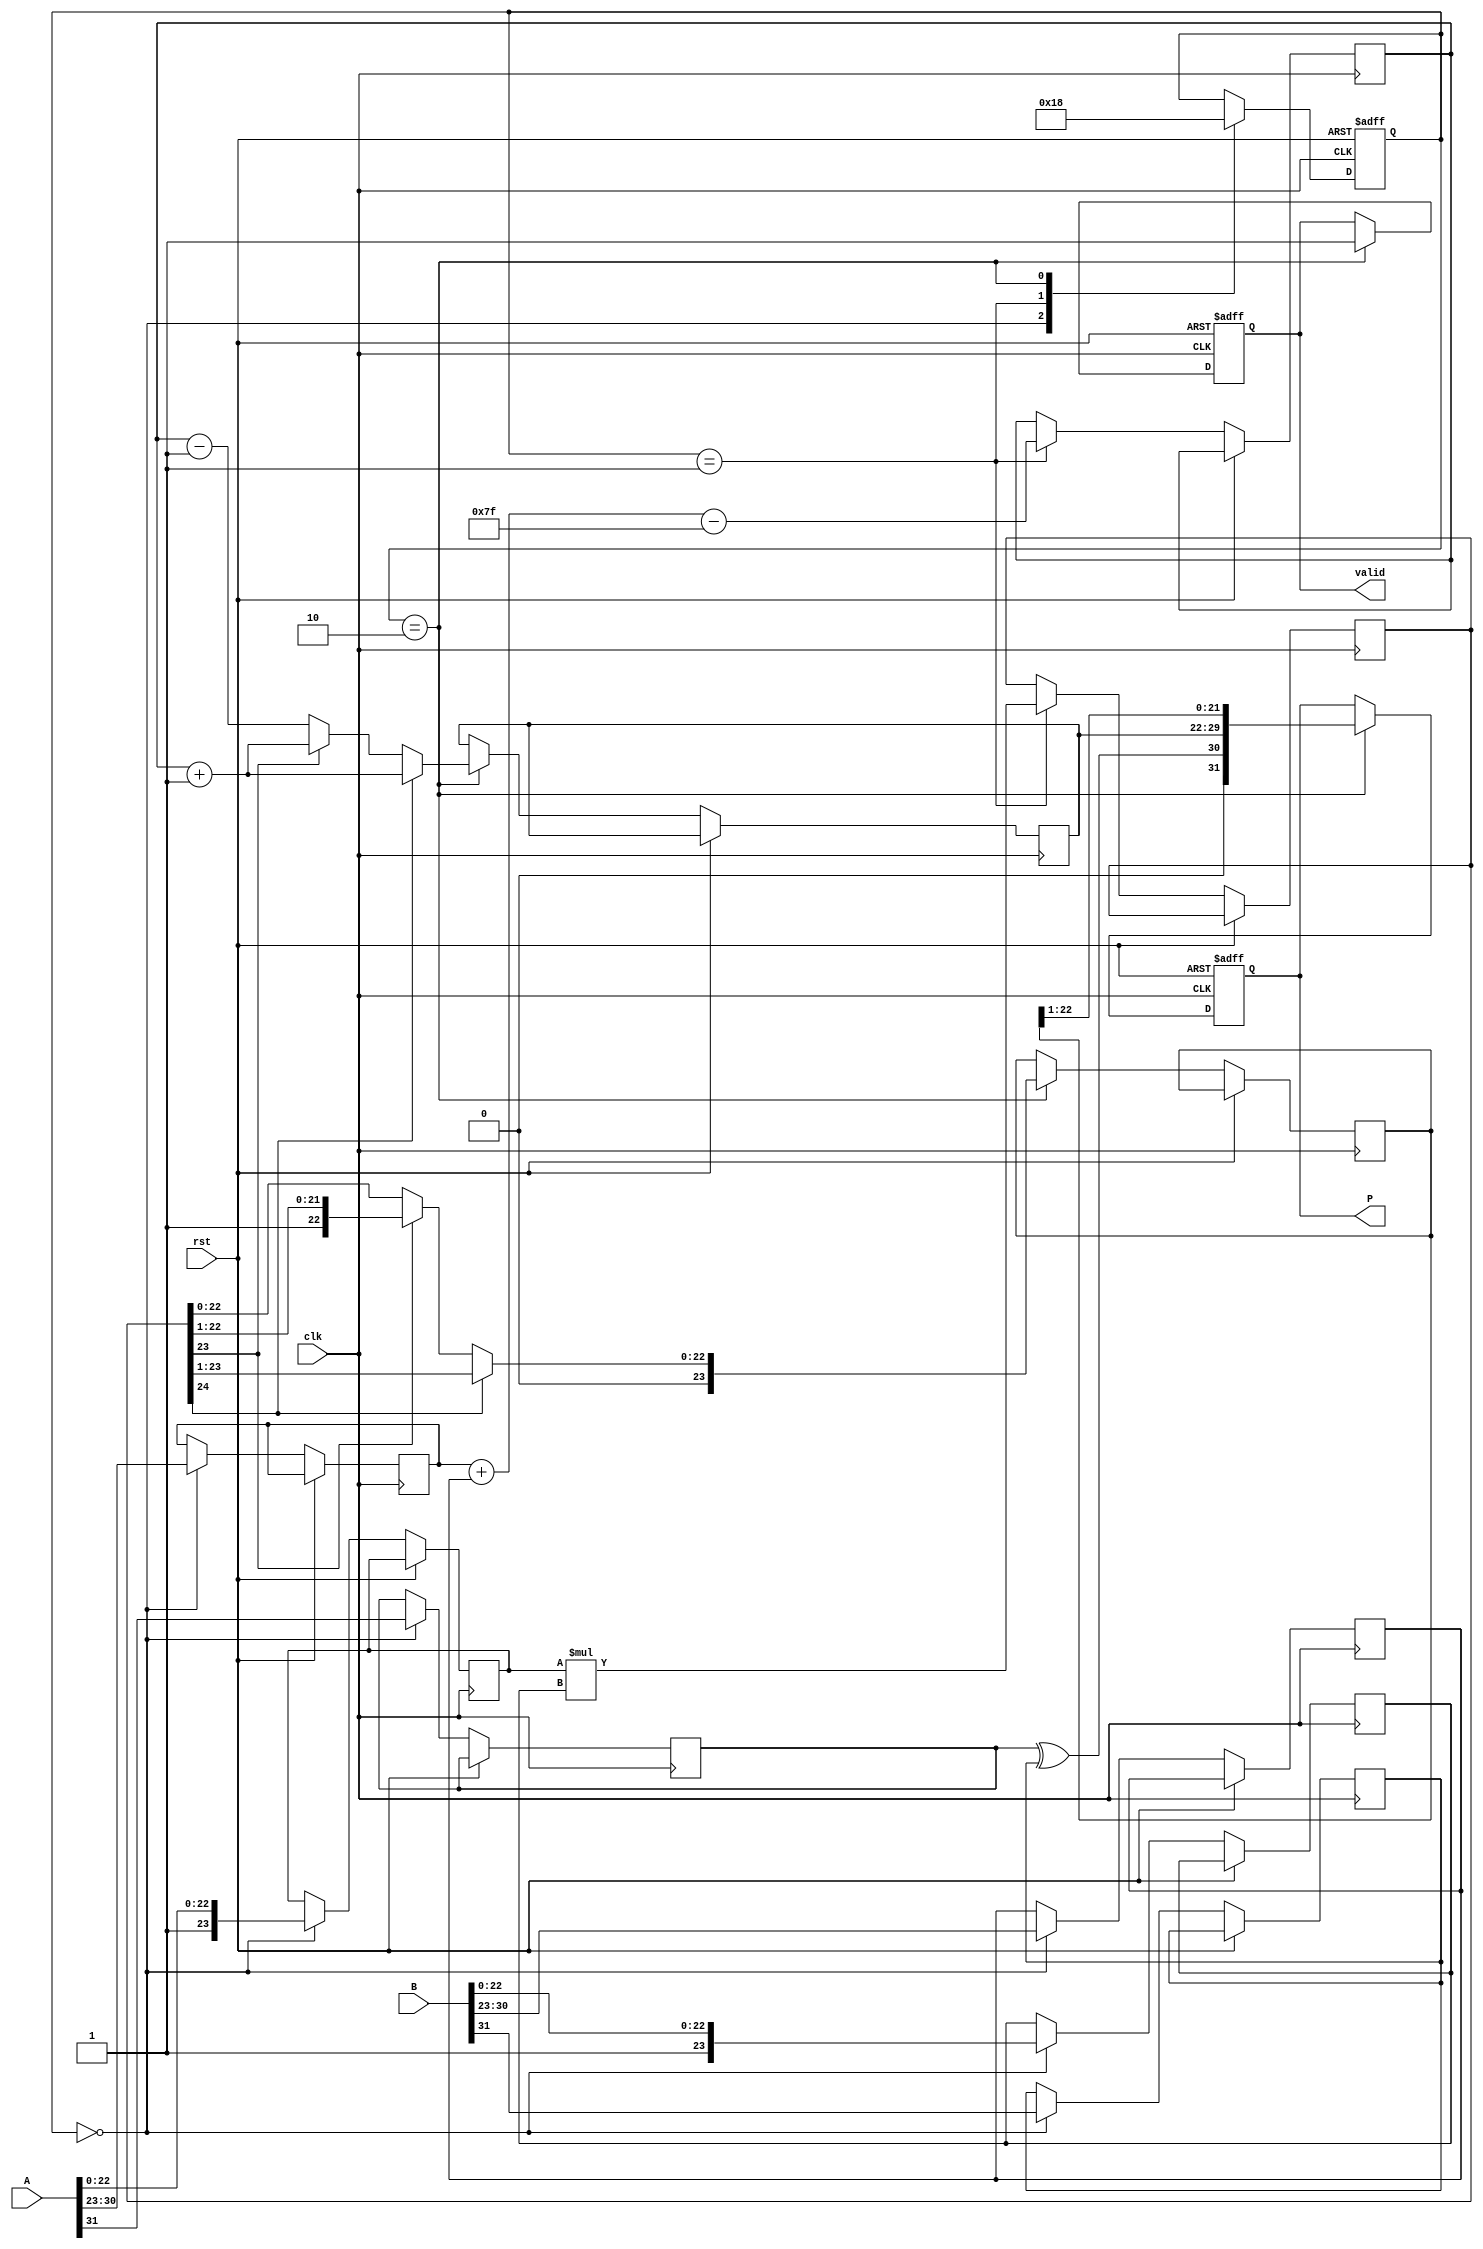
module fp_multiplier (
    input wire clk,
    input wire rst,
    input wire [31:0] A,
    input wire [31:0] B,
    output reg [31:0] P,
    output reg valid
);

    // Constants
    localparam BIAS = 8'd127;
    localparam MANTISSA_WIDTH = 23;
    localparam EXPONENT_WIDTH = 8;

    // Pipeline registers
    reg [31:0] A_reg, B_reg;
    reg [1:0] stage;
    
    // Stage 1: Decomposing Inputs
    reg sA, sB;
    reg [EXPONENT_WIDTH-1:0] eA, eB;
    reg [MANTISSA_WIDTH:0] mA, mB; // 24 bits for mantissa (including implicit leading 1)

    // Stage 2: Exponent Calculation
    reg [EXPONENT_WIDTH-1:0] eP;
    reg [MANTISSA_WIDTH:0] mP; // Result mantissa
    reg [MANTISSA_WIDTH+1:0] mantissa_product; // Wider product for mantissa multiplication

    // Stage 3: Normalization
    reg [EXPONENT_WIDTH-1:0] normalized_eP;
    reg [MANTISSA_WIDTH:0] normalized_mP;
    reg normalization_needed;

    always @(posedge clk or posedge rst) begin
        if (rst) begin
            A_reg <= 32'b0;
            B_reg <= 32'b0;
            stage <= 2'b00;
            P <= 32'b0;
            valid <= 1'b0;
        end else begin
            case (stage)
                2'b00: begin
                    // Stage 1: Decompose inputs
                    A_reg <= A;
                    B_reg <= B;
                    sA <= A[31];
                    sB <= B[31];
                    eA <= A[30:23];
                    eB <= B[30:23];
                    mA <= {1'b1, A[22:0]}; // Implicit leading 1
                    mB <= {1'b1, B[22:0]}; // Implicit leading 1
                    stage <= 2'b01;
                end

                2'b01: begin
                    // Stage 2: Exponent Calculation
                    eP <= eA + eB - BIAS;
                    mantissa_product <= mA * mB; // Mantissa multiplication
                    stage <= 2'b10;
                end

                2'b10: begin
                    // Stage 3: Normalization
                    if (mantissa_product[MANTISSA_WIDTH + 1]) begin
                        // If overflow, shift right
                        normalized_mP <= mantissa_product[MANTISSA_WIDTH:1];
                        normalized_eP <= eP + 1;
                    end else begin
                        // No overflow, check if normalization is needed
                        if (mantissa_product[MANTISSA_WIDTH]) begin
                            normalized_mP <= mantissa_product[MANTISSA_WIDTH:1];
                            normalized_eP <= eP + 1;
                        end else begin
                            // Normalize by shifting left
                            normalized_mP <= mantissa_product[MANTISSA_WIDTH-1:0];
                            normalized_eP <= eP - 1;
                        end
                    end

                    // Assemble final output
                    P <= {sA ^ sB, normalized_eP, normalized_mP[MANTISSA_WIDTH-1:1]};
                    valid <= 1'b1;
                    stage <= 2'b00; // Reset to initial stage for next operation
                end
            endcase
        end
    end
endmodule